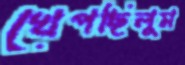
খেপছিলুম